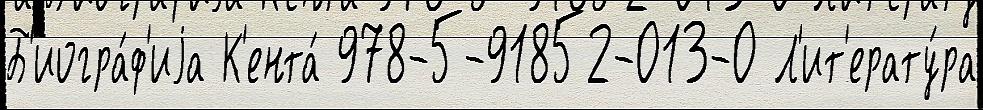
Б'иогра́ф'иjа К'ента́ 978-5-91852-013-0 Л'ит'ерату́ра